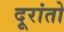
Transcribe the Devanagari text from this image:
दूरांतो